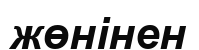
жөнінен